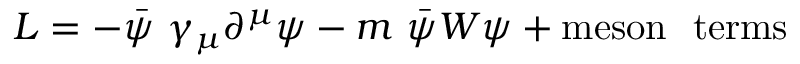
{ \cal { L } } = - \bar { \psi } ~ \gamma _ { \mu } \partial ^ { \mu } \psi - m ~ \bar { \psi } W \psi + \mathrm { m e s o n ~ ~ t e r m s }